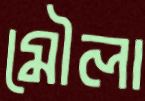
মৌলা